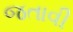
જતાવી